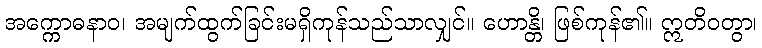
အက္ကောဓနာဝ၊ အမျက်ထွက်ခြင်းမရှိကုန်သည်သာလျှင်။ ဟောန္တိ၊ ဖြစ်ကုန်၏။ ဣတိဝတွာ၊